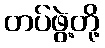
တပ်ဖွဲ့တို့